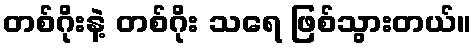
တစ်ဂိုးနဲ့ တစ်ဂိုး သရေ ဖြစ်သွားတယ်။